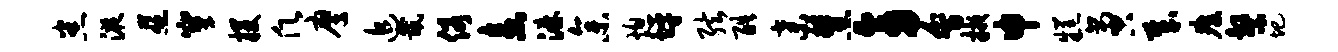
悉液慈窠攫愿鹰追畿俗盍淋参熄坪弦酷弃慧旁会掖申糕啻哉瘴系圯